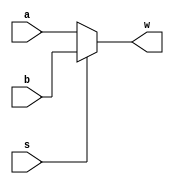
`timescale 1ns/1ns
module Mux5bit(input [4:0] a, b, input s, output [4:0] w);
	assign w = s == 1'b0 ? a : b;
endmodule